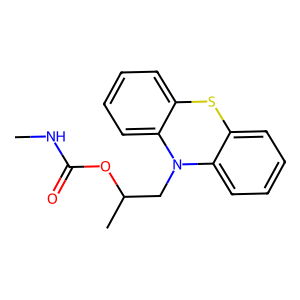
SMILES: CNC(=O)OC(C)CN1c2ccccc2Sc2ccccc21
Inhibits HIV replication: No